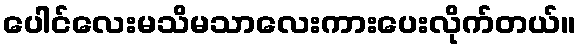
ပေါင်လေးမသိမသာလေးကားပေးလိုက်တယ်။